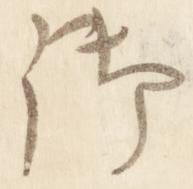
御